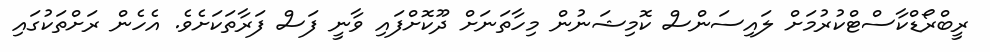
ރީބްރޯޑްކާސްޓްކުރުމަށް ލައިސަންސް ކޮމިޝަނުން މިހާތަނަށް ދޫކޮށްފައި ވާނީ ފަސް ފަރާތަކަށެވެ. އެހެން ރަށްތަކުގައި